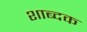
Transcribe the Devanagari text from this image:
शाब्दक